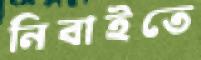
নিবাইতে